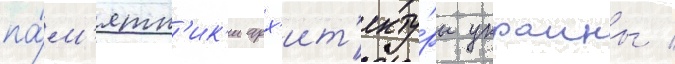
па́м'ятн'ик'и арх'ит'екту́ры украины /